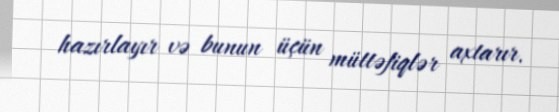
hazırlayır və bunun üçün müttəfiqlər axtarır.